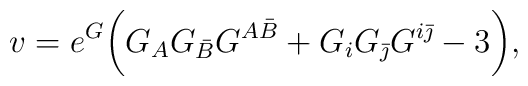
v=e^G\biggl( G_{A}G_{\bar B}G^{A\bar B}+G_{i}G_{\bar\jmath}G^{i\bar\jmath}-3\biggr) ,